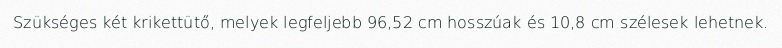
Szükséges két krikettütő, melyek legfeljebb 96,52 cm hosszúak és 10,8 cm szélesek lehetnek.